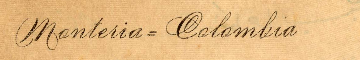
Monteria = Colamlia